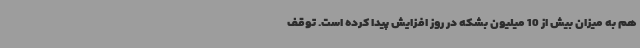
هم به میزان بیش از 10 میلیون بشکه در روز افزایش پیدا کرده است. توقف